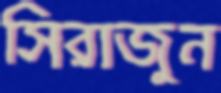
সিরাজুন